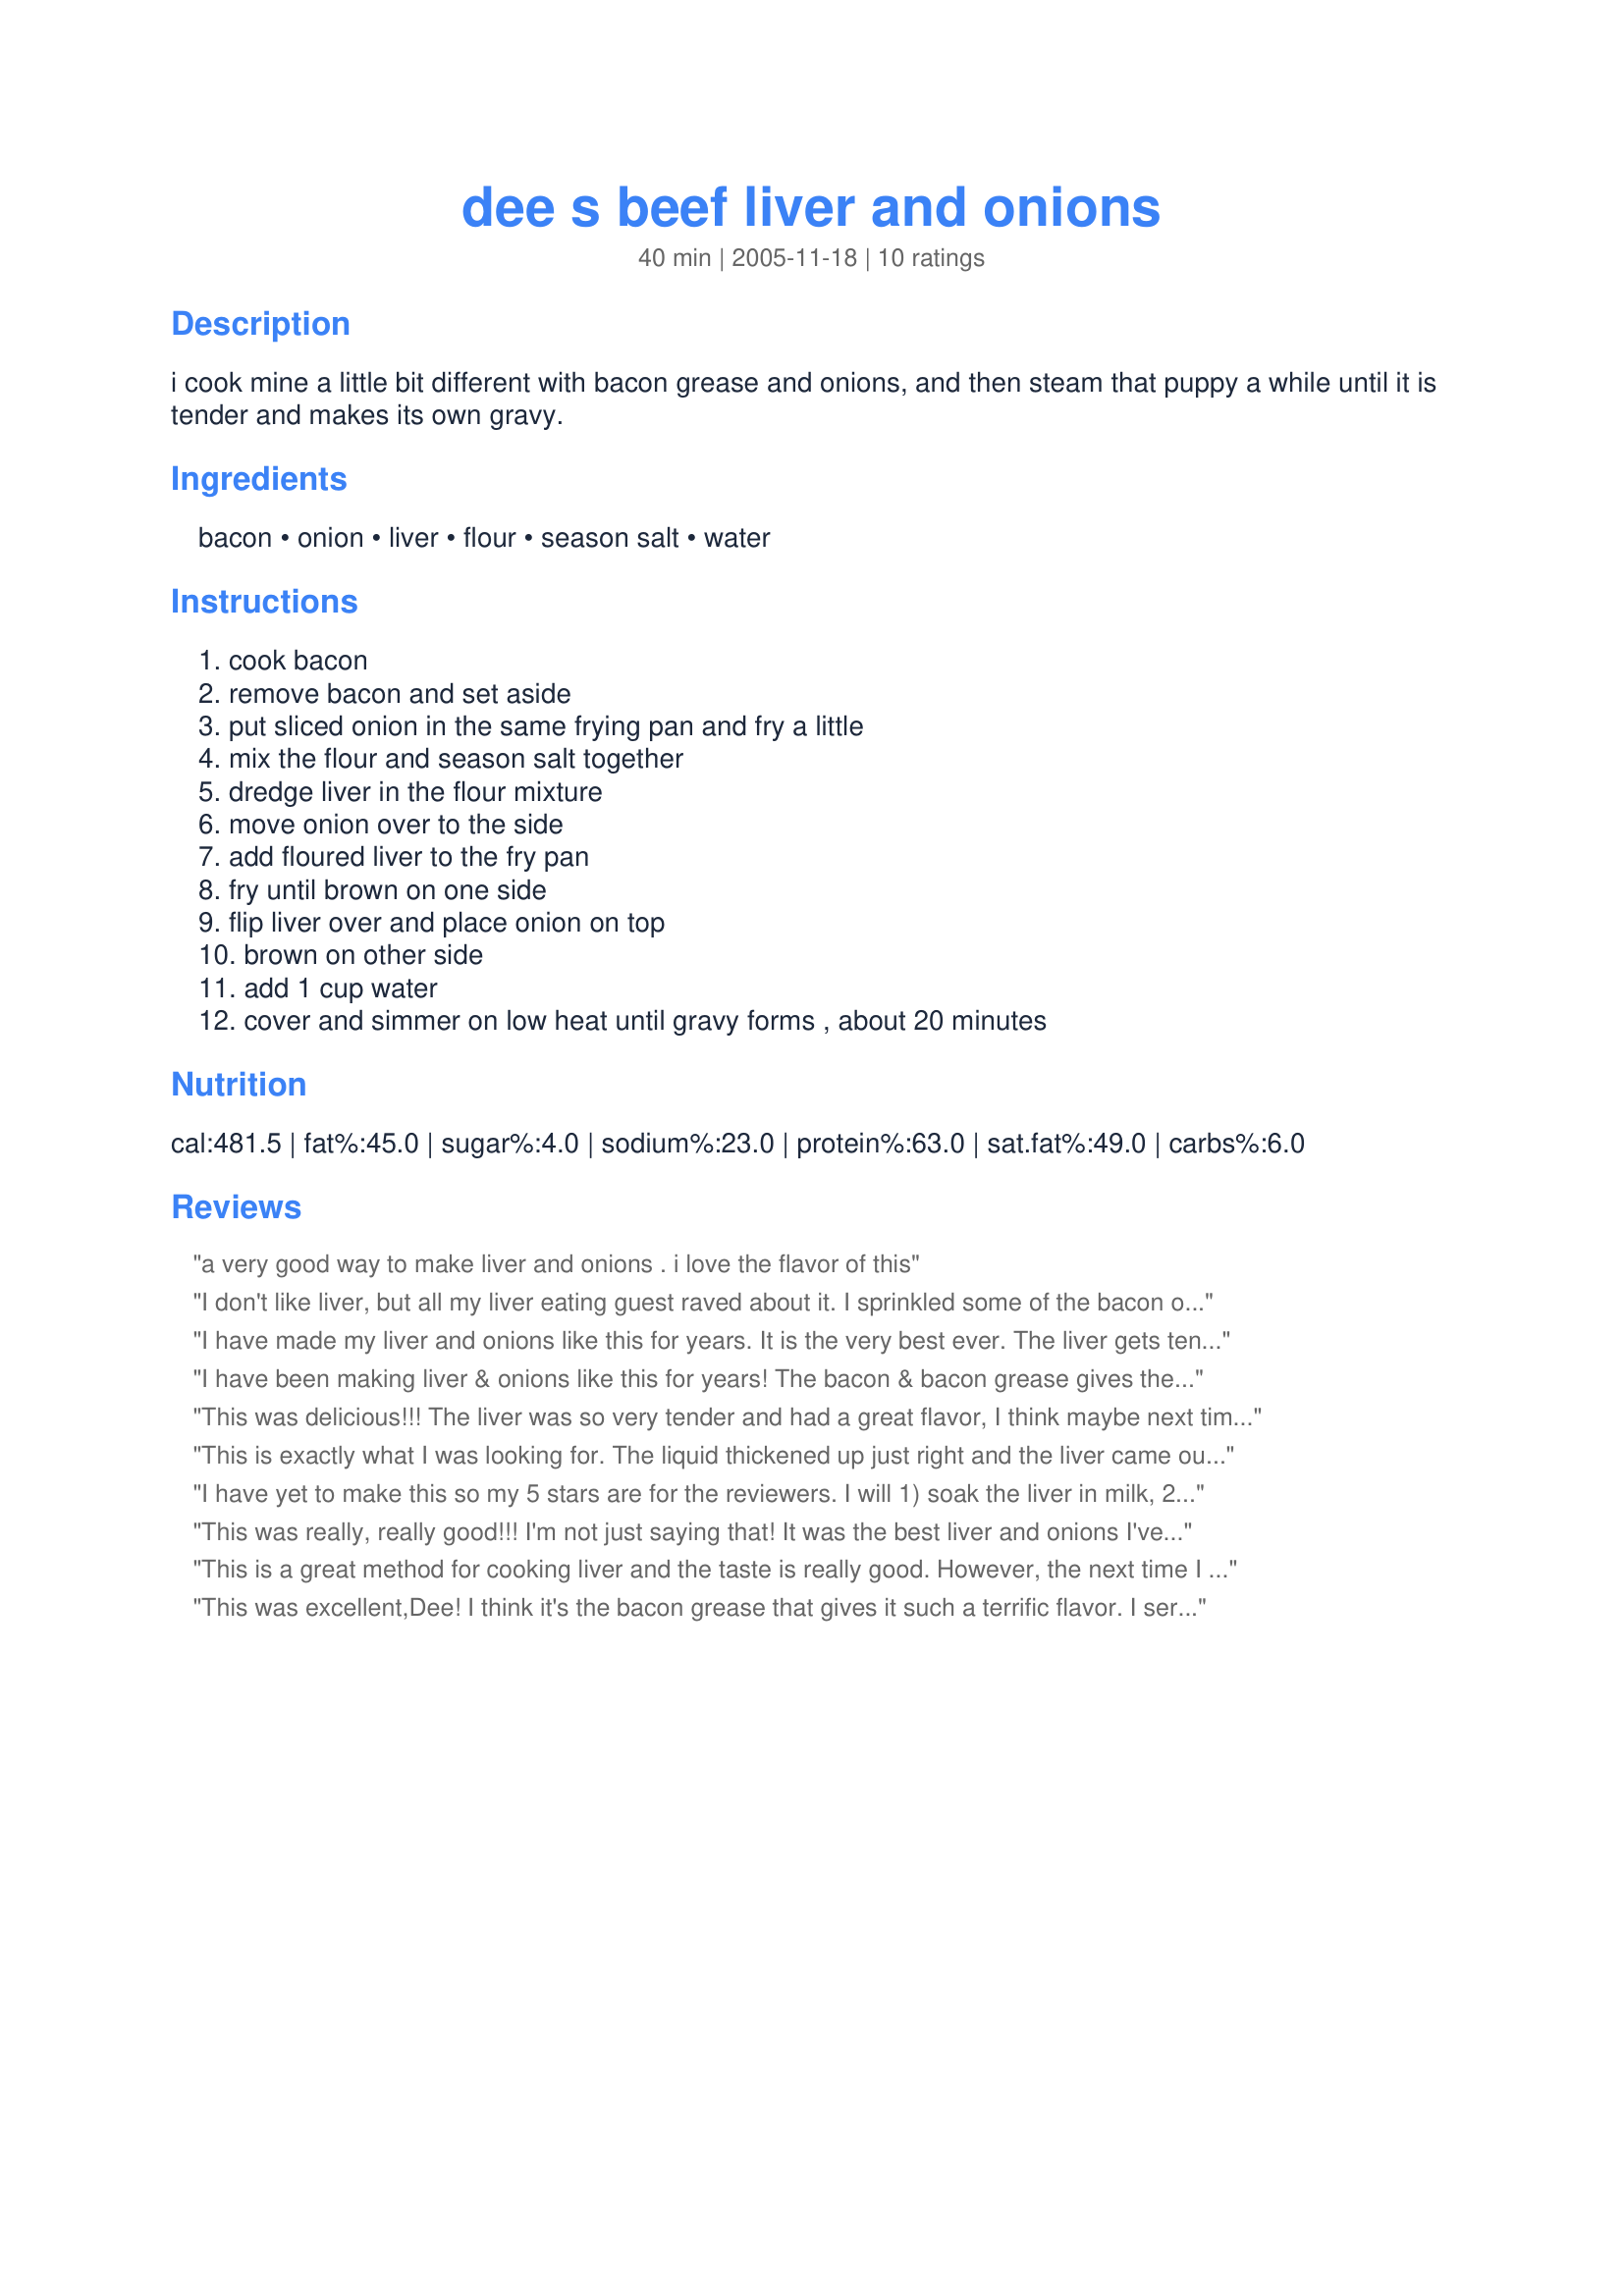
dee s beef liver and onions
Preparation time: 40 minutes

i cook mine a little bit different with bacon grease and onions, and then steam that puppy a while until it is tender and makes its own gravy.

Ingredients:
bacon, onion, liver, flour, season salt, water

Steps:
cook bacon, remove bacon and set aside, put sliced onion in the same frying pan and fry a little, mix the flour and season salt together, dredge liver in the flour mixture, move onion over to the side, add floured liver to the fry pan, fry until brown on one side, flip liver over and place onion on top, brown on other side, add 1 cup water, cover and simmer on low heat until gravy forms , about 20 minutes

Reviews:
a very good way to make liver and onions . i love the flavor of this
I don't like liver, but all my liver eating guest raved about it. I sprinkled some of the bacon over the top before simmering. The juice in the pan never thicken into anything resembling gravy so I removed the liver and onions added flour to the drippings to thicken.
I have made my liver and onions like this for years. It is the very best ever. The liver gets tender and the flavor is wonderful. I'm so glad someone posted it. May even convert non-liver eaters.
I have been making liver & onions like this for years! The bacon & bacon grease gives the liver & onions such a good flavor. Adding the water & letting it simmer makes a delicious gravy & the liver tender. Thank you for posting the recipe so that others that like liver can enjoy!
This was delicious!!! The liver was so very tender and had a great flavor, I think maybe next time I make this dish I may only add 1/2 cup of water, 1 cup made alot of gravy but it was a little watered down, maybe I could have cooked it a little longer, will most definately make this again!!!!
edit, had the liver and onions the next day for lunch, added a little salt and pepper, and BAM there was the flavor I previously said was lacking, now it's a 5 star recipe for sure!!!!
This is exactly what I was looking for. The liquid thickened up just right and the liver came out nice and tender and oh so tasty. I soaked the liver in milk for a couple of hours before cooking, but otherwise followed the recipe. Delicious! Thank you!
I have yet to make this so my 5 stars are for the reviewers. I will 1) soak the liver in milk, 2) will brown the liver on both sides, remove from the pan, and make the gravy before replacing liver in it to simmer for the remaining time, 3) serve it with mashed potatoes, and season it with salt, pepper, and whatever else i like.&lt;br/&gt;&lt;br/&gt;What surprised me is that nobody commented on using only one Onion. I&#039;ve made a pound of liver with three large onions and ran out of onions before finishing liver!
This was really, really good!!! I'm not just saying that! It was the best liver and onions I've ever had!! The whole family agreed and my DSF said it was better than what he gets at his favorite British-style pub!! Thanks Dienia!!!!
This is a great method for cooking liver and the taste is really good. However, the next time I make it, I will brown the liver on both sides, remove from the pan and make the gravy before replacing liver in it to simmer for the remaining time. The onions were so soft and tasty. I crumbled the crispy bacon and sprinkled it on top of the liver and onions before serving. Thanks so much for sharing your recipe...I will definitely use it many more times.
This was excellent,Dee! I think it's the bacon grease that gives it such a terrific flavor. I served this with mashed potatoes, the onion gravy and steamed broccoli for a delicious meal. Thanks for posting this!
